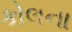
કોલના